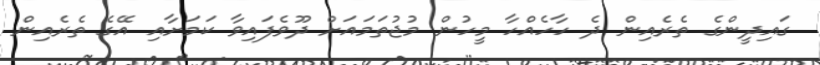
ގައިދީންގެ ތެރެއިން ދެ ހާހެއްހާ މީހުން މުޖުތަމައަށް ދޫވެފައިވާ ކަމަށާއި އޭގެ ތެރެއިން